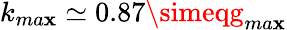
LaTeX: k_{ma\mathbf{x}}\simeq0.87\simeqg_{ma\mathbf{x}}